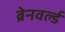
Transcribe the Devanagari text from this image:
ब्रेनवर्ल्ड